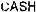
CASH